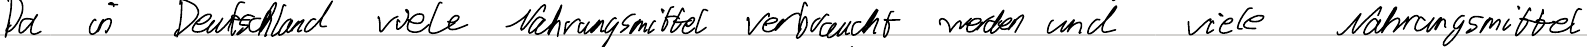
Da in Deutschland viele Nahrungsmittel verbraucht werden und viele Nahrungsmittel